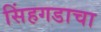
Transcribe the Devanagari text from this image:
सिंहगडाचा